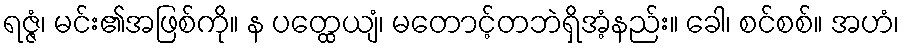
ရဇ္ဇံ၊ မင်း၏အဖြစ်ကို။ န ပတ္ထေယျံ၊ မတောင့်တဘဲရှိအံ့နည်း။ ခေါ၊ စင်စစ်။ အဟံ၊